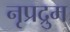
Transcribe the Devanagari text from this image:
नृप्रद्रुम